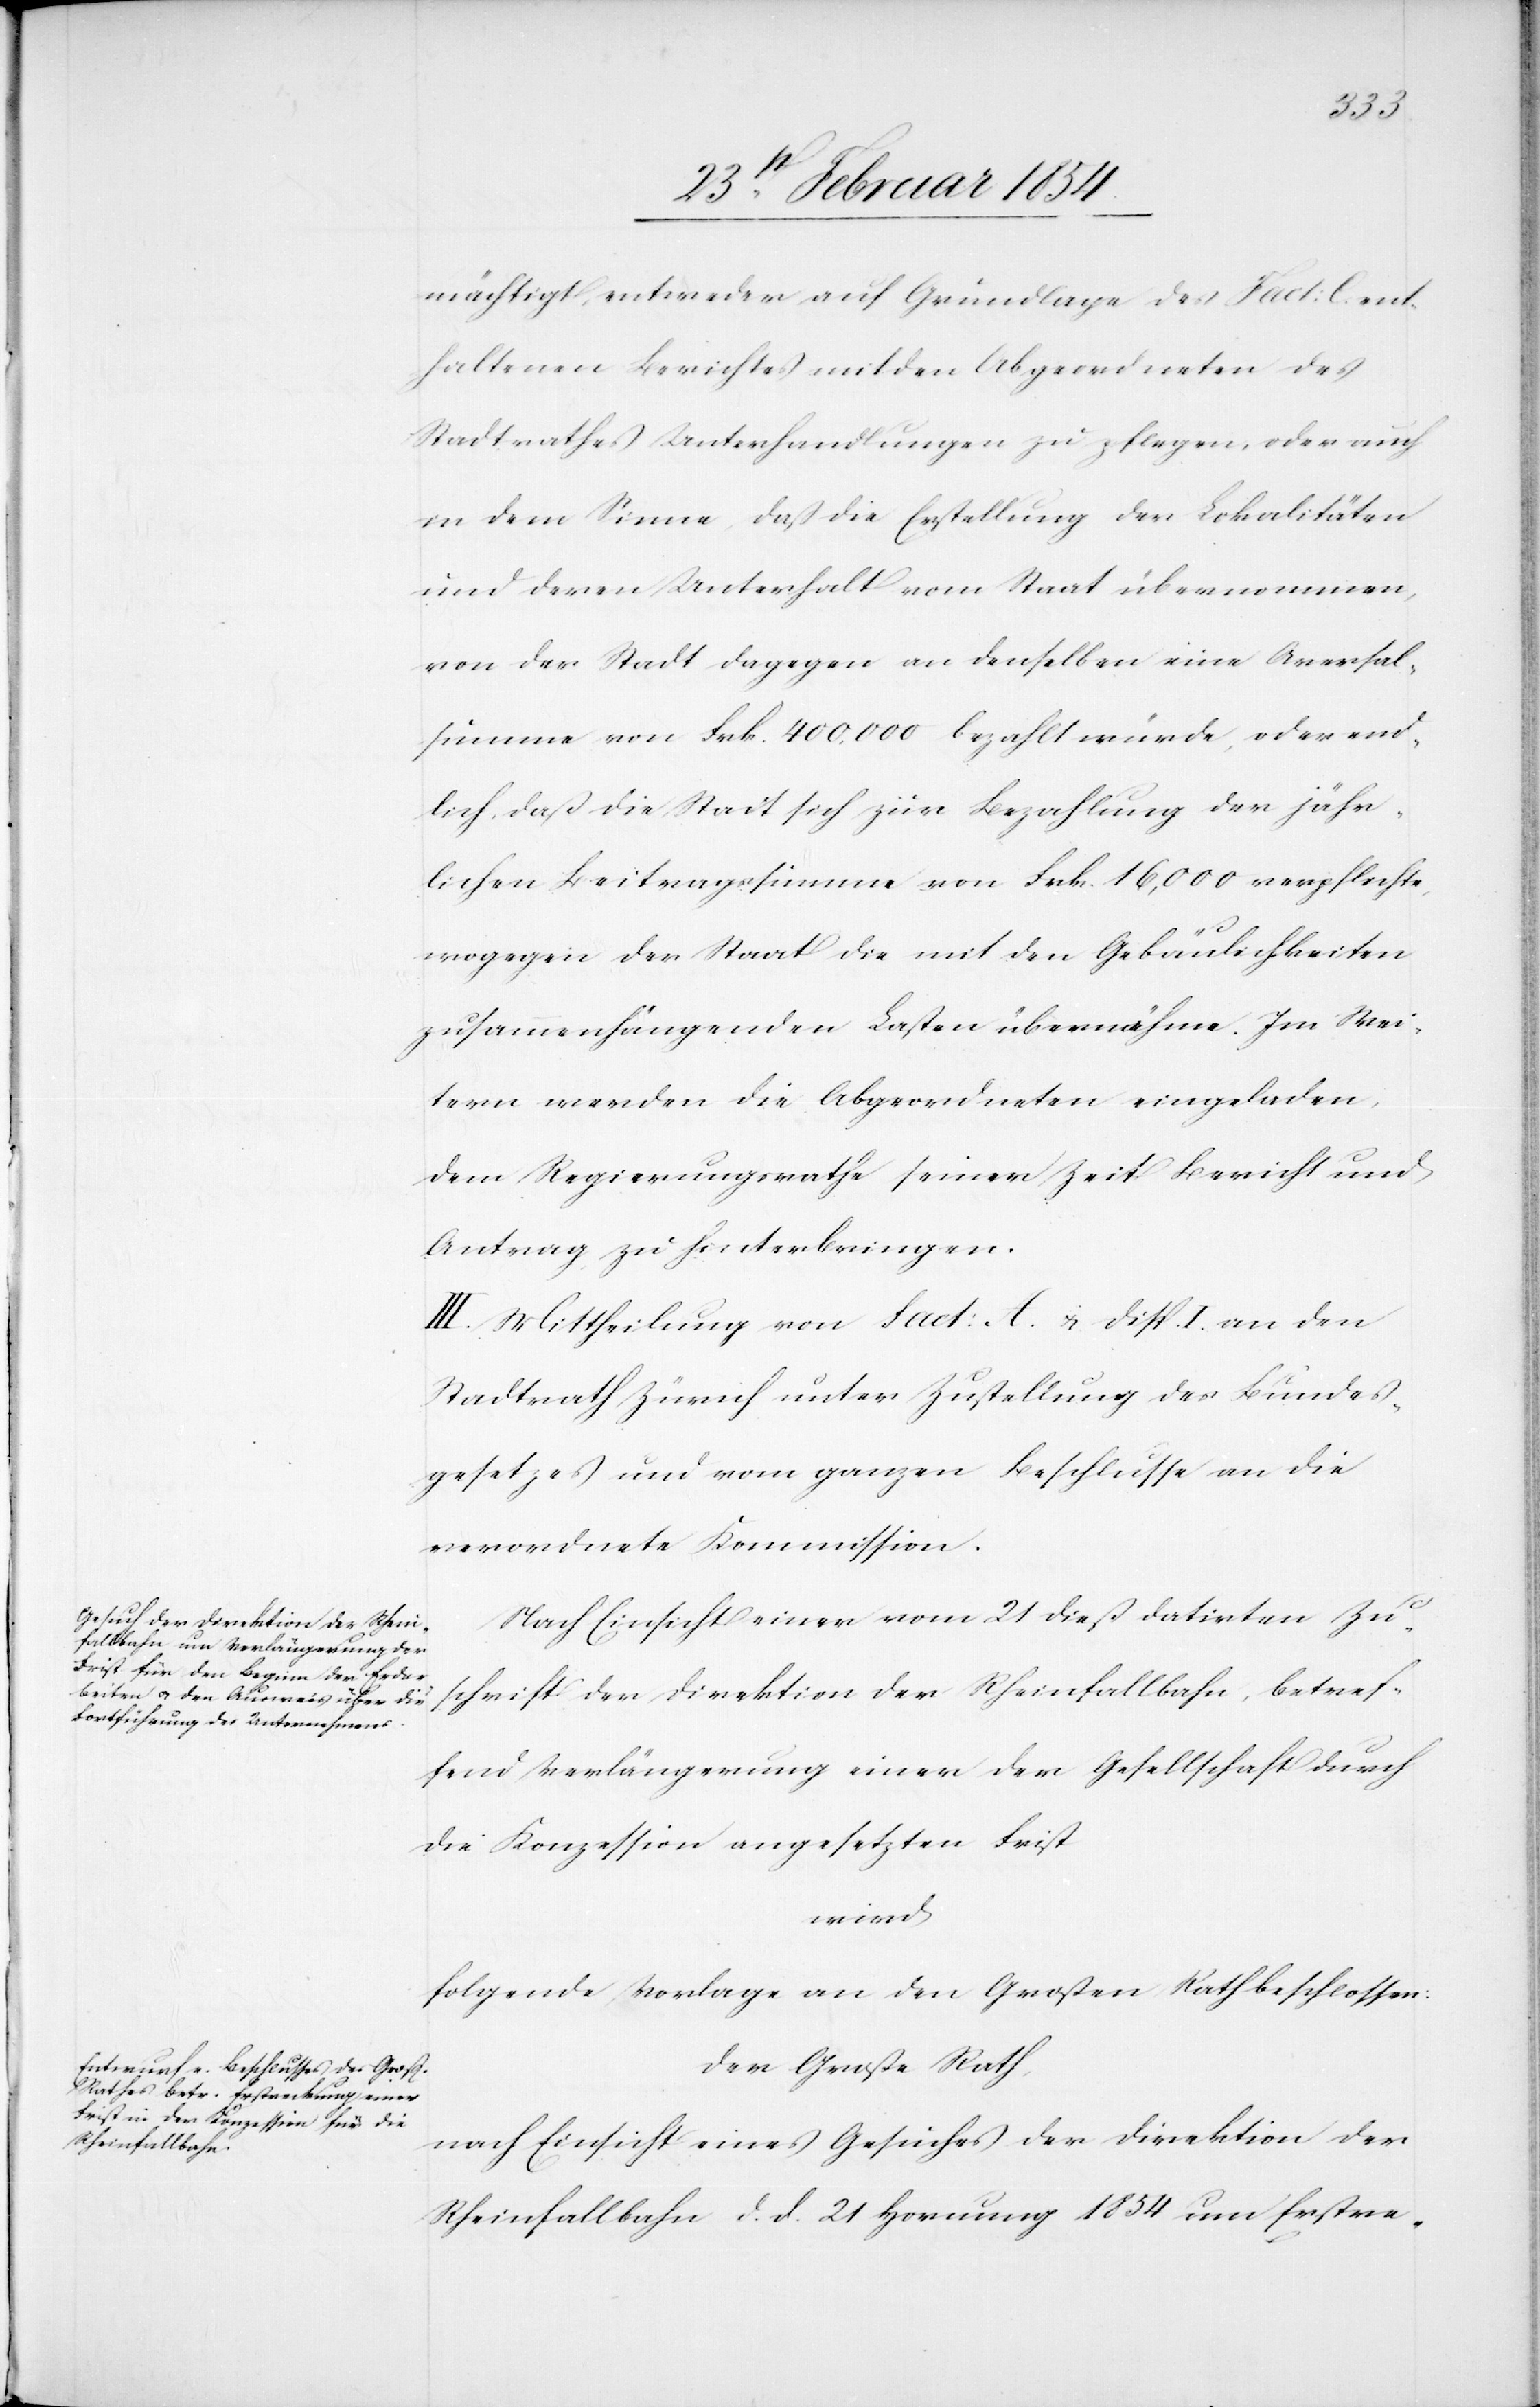
2.123
mächtigt, entweder auf Grundlage des Fact: C ent¬
haltenen Berichtes mit den Abgeordneten des
Stadtrathes Unterhandlungen zu pflegen, oder auch
in dem Sinne, daß die Erstellung der Lokalitäten
und deren Unterhalt vom Staat übernommen,
von der Stadt dagegen an denselben eine Aversal¬
summe von Frk. 400. 000 bezahlt würde, oder end¬
lich, daß die Stadt sich zur Bezahlung der jähr¬
lichen Beitragssumme von Frk. 16, 000 verpflichte,
wogegen der Staat die mit den Gebäulichkeiten
zusammenhängenden Lasten übernähme. Im Wei¬
tern werden die Abgeordneten eingeladen,
dem Regierungsrathe seiner Zeit Bericht und
Antrag zu hinterbringen.
III. Mitteilung von Fact: A. u. disp. I. an den
Stadtrath Zürich unter Zustellung des Bundes¬
gesetzes und vom ganzen Beschlusse an die
verordnete Kommission.
Nach Einsicht einer vom 21 dieß datirten Zu¬
schrift der Direktion der Rheinfallbahn, betref¬
fend Verlängerung einer der Gesellschaft durch
die Konzession angesetzten Frist
wird
folgende Vorlage an den Großen Rath beschlossen:
Der Große Rath,
nach Einsicht eines Gesuches der Direktion der
Rheinfallbahn d. d. 21 Hornung 1854 um Erstre-